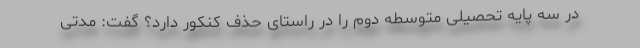
در سه پایه تحصیلی متوسطه دوم را در راستای حذف کنکور دارد؟ گفت: مدتی